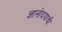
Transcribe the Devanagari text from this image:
ज्ञानोदयाची